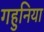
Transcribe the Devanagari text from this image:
गहुनिया